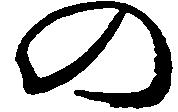
の